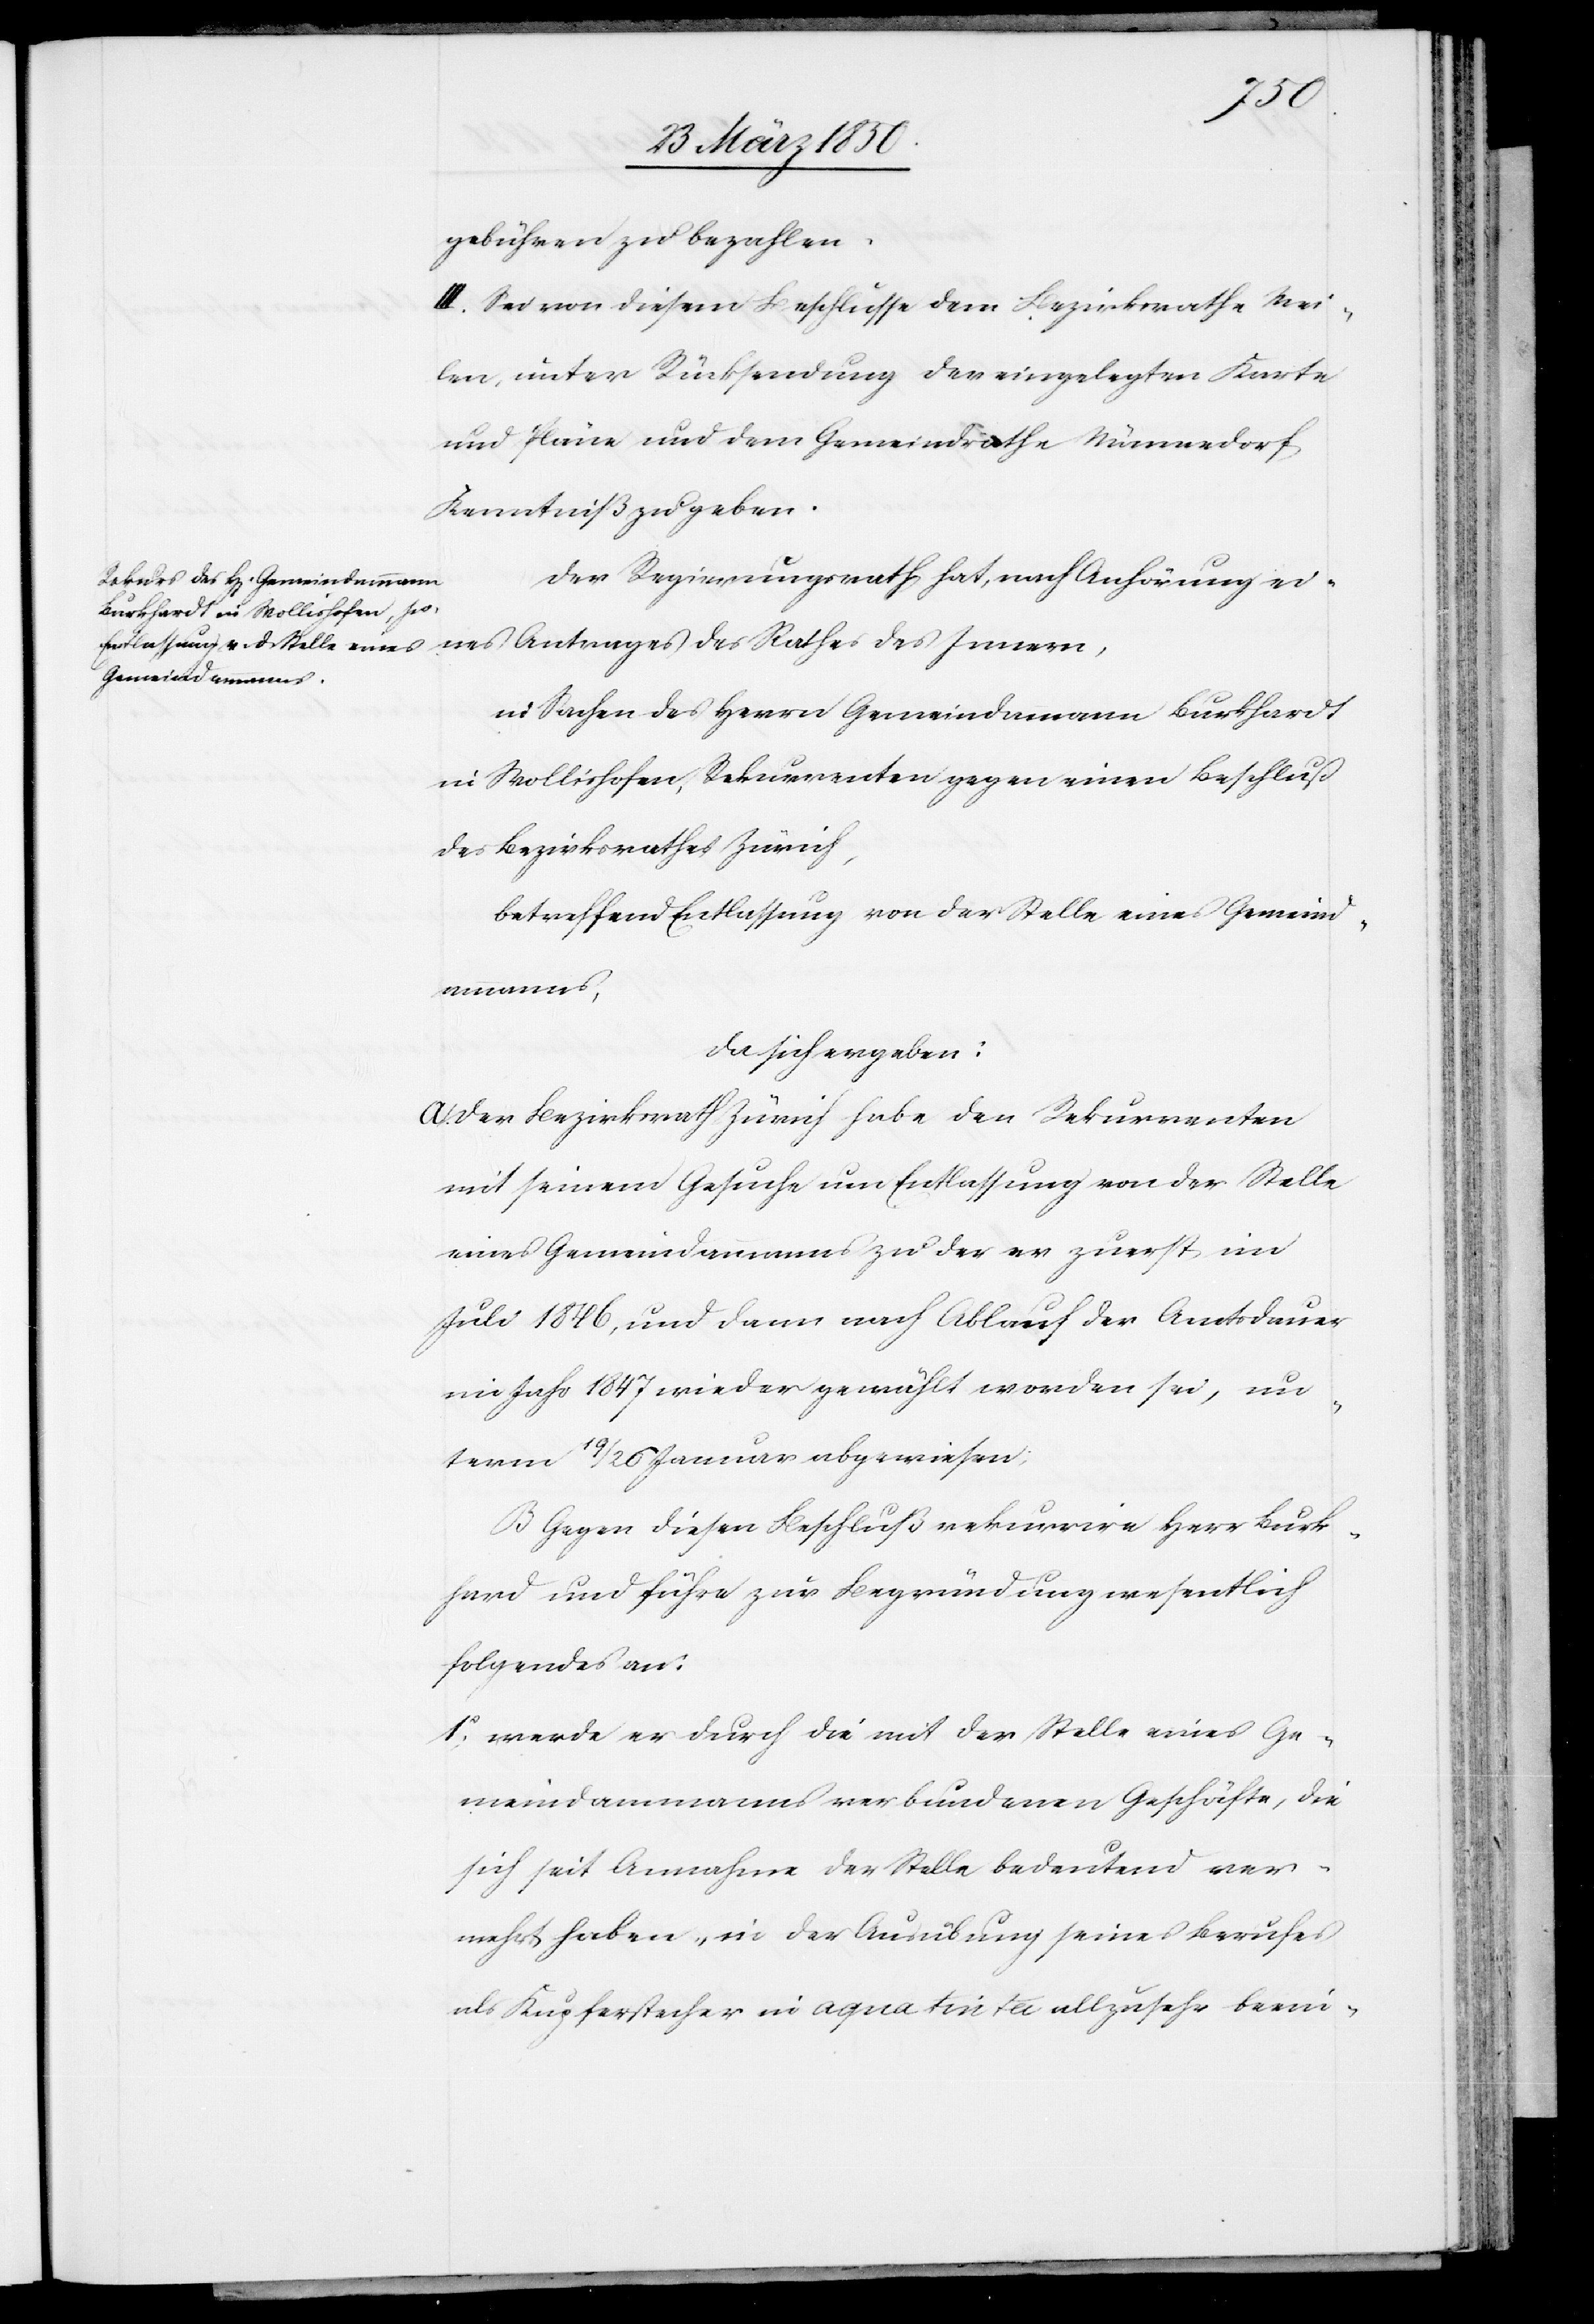
hard
gebühren zu bezahlen.
III. Sei von diesem Beschlusse dem Bezirksrathe Mei¬
len, unter Rücksendung der eingelegten Karte
und Pläne und dem Gemeindrathe Männedorf
Kenntniß zu geben.
Der Regierungsrath hat, nach Anhörung eines
in Sachen des Herrn Gemeindamann Burkhardt
in Wollishofen, Rekurrenten gegen einen Beschluß
des Bezirksrathes Zürich,
betreffend Entlassung von der Stelle eines Gemeind¬
ammanns,
da sich ergeben:
A. Der Bezirksrath Zürich habe den Rekurrenten
mit seinem Gesuche um Entlassung von der Stelle
eines Gemeindammanns zu der er zuerst im
Juli 1846, und dann nach Ablauf der Amtsdauer
im Jahr 1847 wiedergewählt worden sei, un¬
term 19/26 Januar abgewiesen:
B Gegen diesen Beschluß rekurrire Herr Burk¬
[sic!] und führe zur Begründung wesentlich
folgendes an:
1o werde er durch die mit der Stelle eines Ge¬
meindammanns verbundenen Geschäfte, die
sich seit Annahme der Stelle bedeutend ver¬
mehrt haben, in der Ausübung seines Berufes
als Kupferstecher in aqua tinta allzusehr beein-